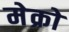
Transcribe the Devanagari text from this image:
मेक्रो